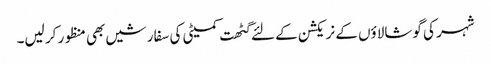
شہر کی گوشالاؤں کے نریکشن کے لئے گٹھت کمیٹی کی سفارشیں بھی منظور کر لیں۔